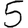
Digit: 5